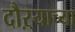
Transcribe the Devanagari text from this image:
दौऱ्याच्या